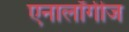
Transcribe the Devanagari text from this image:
एनालॉगीज